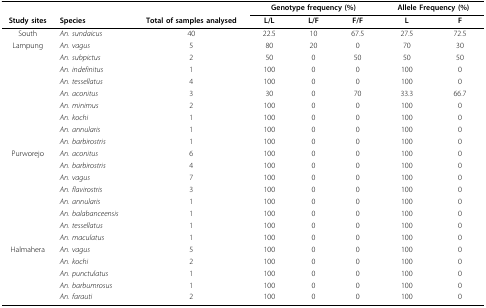
<table><thead><tr><td></td><td></td><td></td><td colspan="3"><b>Genotype frequency (%)</b></td><td colspan="2"><b>Allele Frequency (%)</b></td></tr><tr><td><b>Study sites</b></td><td><b>Species</b></td><td><b>Total of samples analysed</b></td><td><b>L/L</b></td><td><b>L/F</b></td><td><b>F/F</b></td><td><b>L</b></td><td><b>F</b></td></tr></thead><tbody><tr><td>South</td><td><i>An. sundaicus</i></td><td>40</td><td>22.5</td><td>10</td><td>67.5</td><td>27.5</td><td>72.5</td></tr><tr><td>Lampung</td><td><i>An. vagus</i></td><td>5</td><td>80</td><td>20</td><td>0</td><td>70</td><td>30</td></tr><tr><td></td><td><i>An. subpictus</i></td><td>2</td><td>50</td><td>0</td><td>50</td><td>50</td><td>50</td></tr><tr><td></td><td><i>An. indefinitus</i></td><td>1</td><td>100</td><td>0</td><td>0</td><td>100</td><td>0</td></tr><tr><td></td><td><i>An. tessellatus</i></td><td>4</td><td>100</td><td>0</td><td>0</td><td>100</td><td>0</td></tr><tr><td></td><td><i>An. aconitus</i></td><td>3</td><td>30</td><td>0</td><td>70</td><td>33.3</td><td>66.7</td></tr><tr><td></td><td><i>An. minimus</i></td><td>2</td><td>100</td><td>0</td><td>0</td><td>100</td><td>0</td></tr><tr><td></td><td><i>An. kochi</i></td><td>1</td><td>100</td><td>0</td><td>0</td><td>100</td><td>0</td></tr><tr><td></td><td><i>An. annularis</i></td><td>1</td><td>100</td><td>0</td><td>0</td><td>100</td><td>0</td></tr><tr><td></td><td><i>An. barbirostris</i></td><td>1</td><td>100</td><td>0</td><td>0</td><td>100</td><td>0</td></tr><tr><td>Purworejo</td><td><i>An. aconitus</i></td><td>6</td><td>100</td><td>0</td><td>0</td><td>100</td><td>0</td></tr><tr><td></td><td><i>An. barbirostris</i></td><td>4</td><td>100</td><td>0</td><td>0</td><td>100</td><td>0</td></tr><tr><td></td><td><i>An. vagus</i></td><td>7</td><td>100</td><td>0</td><td>0</td><td>100</td><td>0</td></tr><tr><td></td><td><i>An. flavirostris</i></td><td>3</td><td>100</td><td>0</td><td>0</td><td>100</td><td>0</td></tr><tr><td></td><td><i>An. annularis</i></td><td>1</td><td>100</td><td>0</td><td>0</td><td>100</td><td>0</td></tr><tr><td></td><td><i>An. balabanceensis</i></td><td>1</td><td>100</td><td>0</td><td>0</td><td>100</td><td>0</td></tr><tr><td></td><td><i>An. tessellatus</i></td><td>1</td><td>100</td><td>0</td><td>0</td><td>100</td><td>0</td></tr><tr><td></td><td><i>An. maculatus</i></td><td>1</td><td>100</td><td>0</td><td>0</td><td>100</td><td>0</td></tr><tr><td>Halmahera</td><td><i>An. vagus</i></td><td>5</td><td>100</td><td>0</td><td>0</td><td>100</td><td>0</td></tr><tr><td></td><td><i>An. kochi</i></td><td>2</td><td>100</td><td>0</td><td>0</td><td>100</td><td>0</td></tr><tr><td></td><td><i>An. punctulatus</i></td><td>1</td><td>100</td><td>0</td><td>0</td><td>100</td><td>0</td></tr><tr><td></td><td><i>An. barbumrosus</i></td><td>1</td><td>100</td><td>0</td><td>0</td><td>100</td><td>0</td></tr><tr><td></td><td><i>An. farauti</i></td><td>2</td><td>100</td><td>0</td><td>0</td><td>100</td><td>0</td></tr></tbody></table>